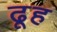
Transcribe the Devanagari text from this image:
ढूह